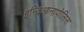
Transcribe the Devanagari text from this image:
इन्दिआनापोलिस